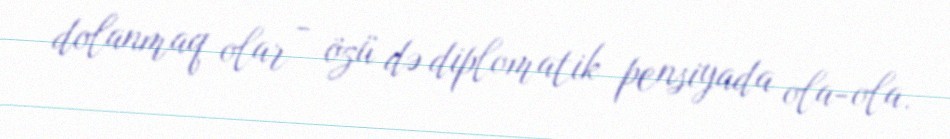
dolanmaq olar - özü də diplomatik pensiyada ola-ola.